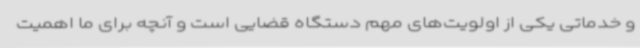
و خدماتی یکی از اولویت‌های مهم دستگاه قضایی است و آنچه برای ما اهمیت